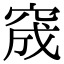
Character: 窚